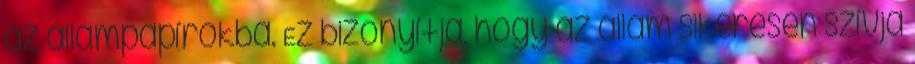
az állampapírokba. Ez bizonyítja, hogy az állam sikeresen szívja